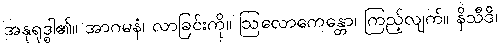
အနုရုဒ္ဓါ၏။ အာဂမနံ၊ လာခြင်းကို။ ဩလောကေန္တော၊ ကြည့်လျက်။ နိသီဒိ၊